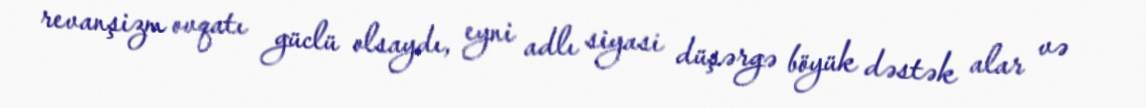
revanşizm ovqatı güclü olsaydı, eyni adlı siyasi düşərgə böyük dəstək alar və